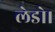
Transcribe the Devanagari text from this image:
लेडो।